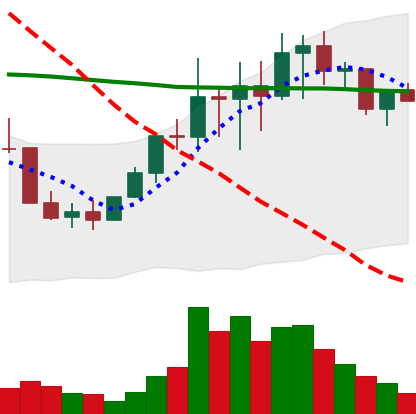
Ticker: LINK-USD
Chart end date: 2022-01-15
Forward return: -20.028%
Label: down_7plus